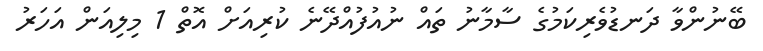
ބޭނުންވާ ދަނޑުވެރިކަމުގެ ސާމާނު ތައް ނުއުފުއްދޭނެ ކުރިއަށް އޮތް 1 މިލިއަން އަހަރު